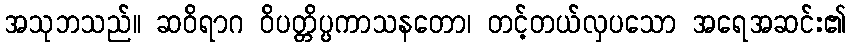
အသုဘသည်။ ဆဝိရာဂ ဝိပတ္တိပ္ပကာသနတော၊ တင့်တယ်လှပသော အရေအဆင်း၏